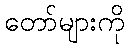
တော်များကို